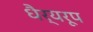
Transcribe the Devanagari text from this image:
धैर्यरूप